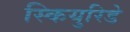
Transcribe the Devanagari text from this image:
स्कियुरिडे